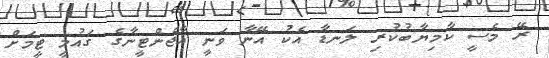
ރޭ މެސީ ކާމިޔާބުކުރި ލަނޑާ އެކު އޭނާ ވަނީ އާޖެންޓީނާގެ ގައުމީ ޓީމަށް